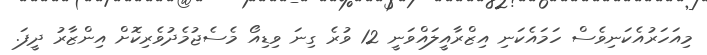
މިއަހަރުއެކަނިވެސް ހަމައެކަނި އިޒްރާއީލައްވަނީ 12 ވުރެ ގިނަ ވިޑިއޯ މެސެޖުމެދުވެރިކޮށް އިންޒާރު ދީފަ.